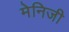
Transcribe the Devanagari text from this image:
मेनिजी